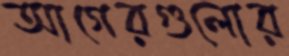
আগেরগুলোর